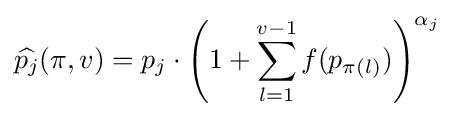
{\widehat {p_{j}}}(\pi ,v)=p_{j}\cdot \left(1+\sum _{l=1}^{v-1}f(p_{\pi (l)})\right)^{\alpha _{j}}